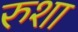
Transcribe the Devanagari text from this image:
रुशा